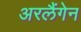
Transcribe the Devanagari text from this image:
अरलैंगेन